Document type: Grant
Year: 1445
Scribe: Antoni Gomar
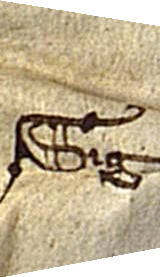
Sig